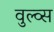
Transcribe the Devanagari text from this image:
वुल्व्स